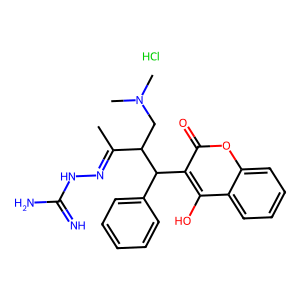
SMILES: CC(=NNC(=N)N)C(CN(C)C)C(c1ccccc1)c1c(O)c2ccccc2oc1=O.Cl
Inhibits HIV replication: No